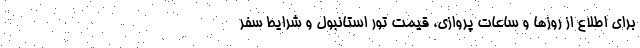
برای اطلاع از روزها و ساعات پروازی، قیمت تور استانبول و شرایط سفر